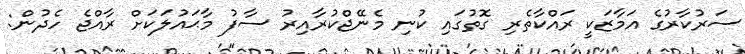
ސަރުކާރުގެ އަމާޒަކީ ރައްކާތެރި ގޮތުގައި ކުނި މެނޭޖްކުރާއިރު ސާފު މާޙައުލަކަށް ރާއްޖެ ހެދުން: